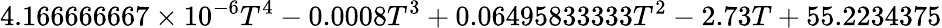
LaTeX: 4.166666667\times 10^{-6}T^{4}-0.0008T^{3}+0.06495833333T^{2}-2.73T+55.2234375